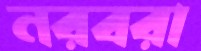
নরবরা